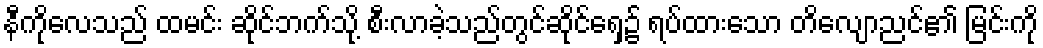
နီကိုလေသည် ထမင်း ဆိုင်ဘက်သို့ စီးလာခဲ့သည်တွင်ဆိုင်ရှေ့၌ ရပ်ထားသော တိလျောညင်၏ မြင်းကို